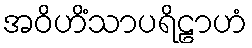
အဝိဟိံသာပရိဠာဟံ